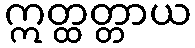
ဣတ္ထတ္တာယ